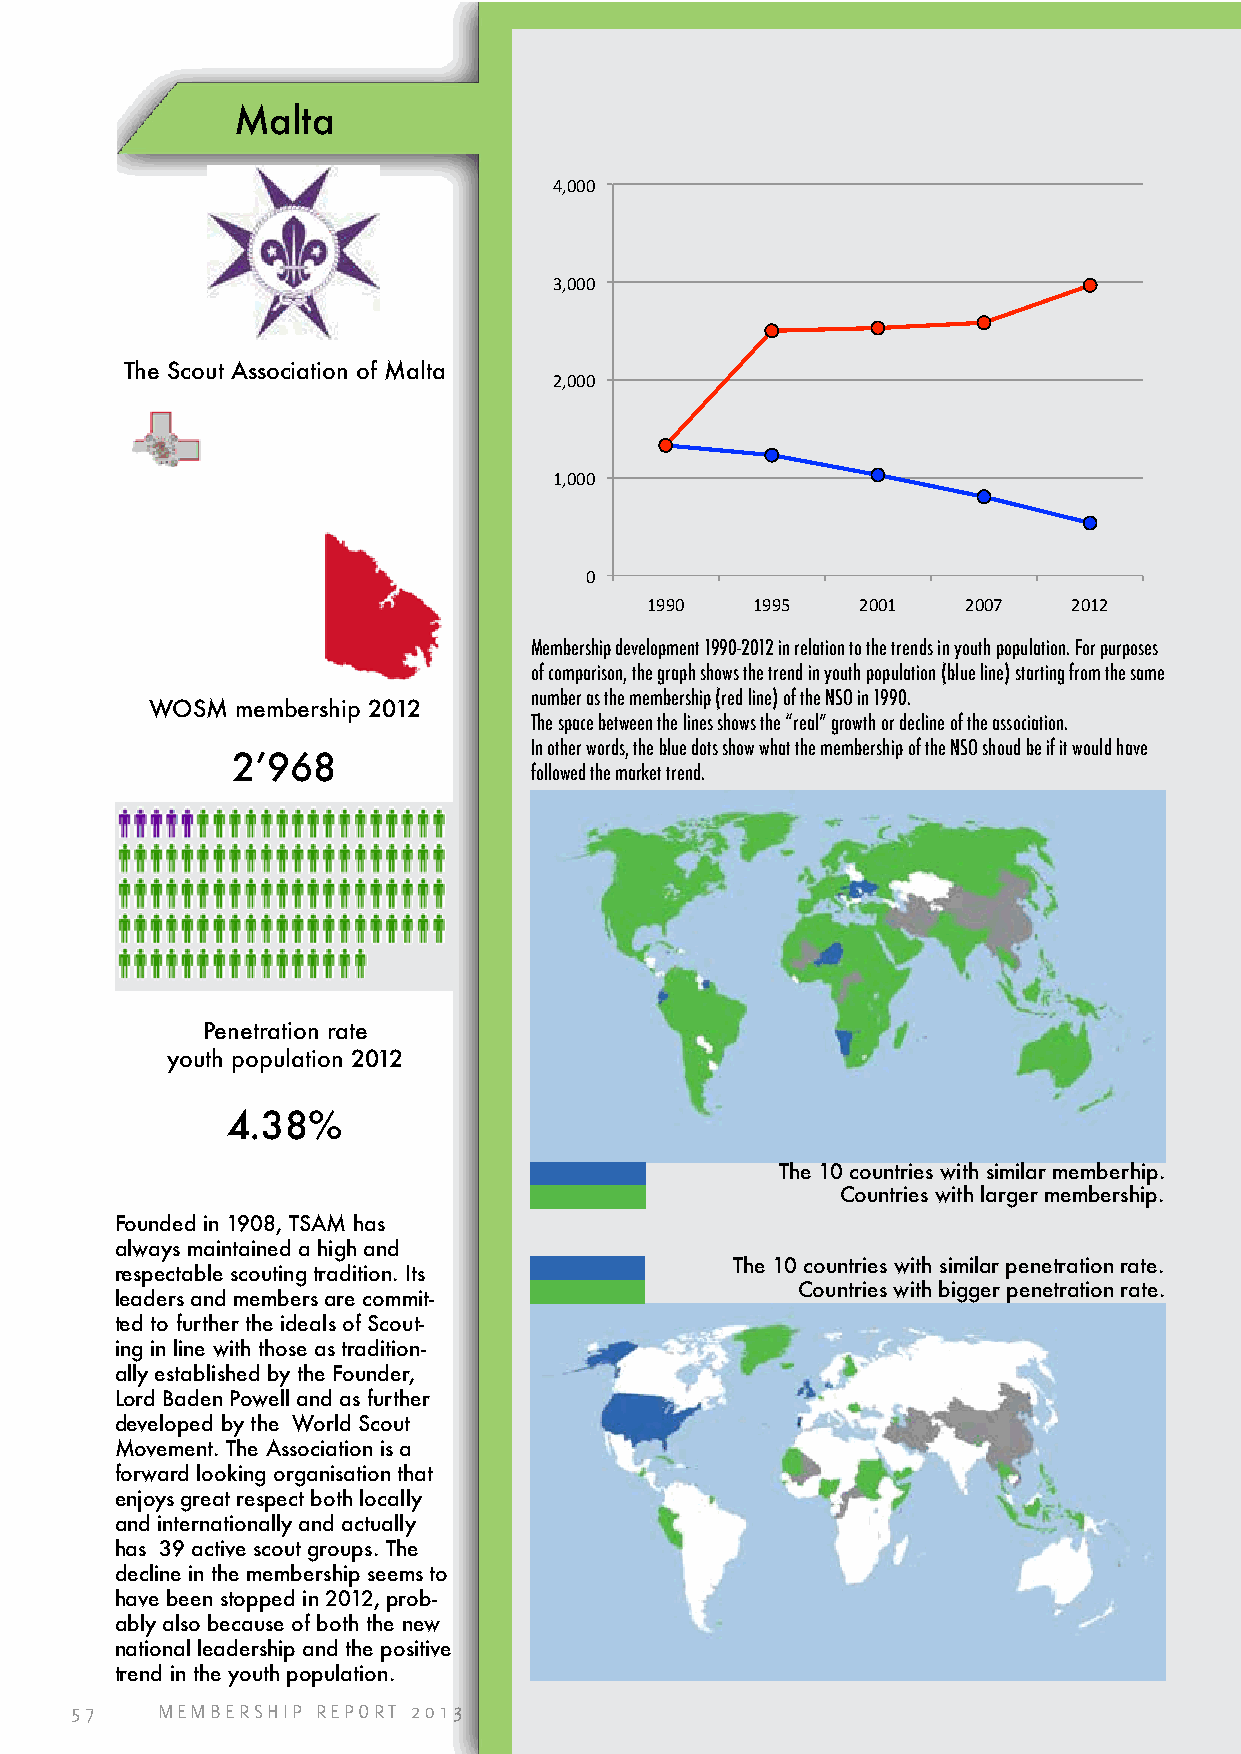
Malta
 4,000
 3,000
 The Scout Association of Malta
 2,000
 1,000
 0
 1990   1995   2001   2007   2012
 Membership development 1990-2012 in relation to the trends in youth population. For purposes
 of comparison, the graph shows the trend in youth population (blue line) starting from the same
 number as the membership (red line) of the NSO in 1990.
 WOSM  membership 2012
 The space between the lines shows the “real” growth or decline of the association.
 In other words, the blue dots show what the membership of the NSO shoud be if it would have
 2’968
 followed the market trend.
 Penetration rate
 youth population 2012
 4.38%
 The 10 countries with similar memberhip.
 Countries with larger membership.
 Founded in 1908, TSAM has
 always maintained a high and
 The 10 countries with similar penetration rate.
 respectable scouting tradition. Its
 Countries with bigger penetration rate.
 leaders and members are commit-
 ted to further the ideals of Scout-
 ing in line with those as tradition-
 ally established by the Founder,
 Lord Baden Powell and as further
 developed by the World Scout
 Movement. The Association is a
 forward looking organisation that
 enjoys great respect both locally
 and internationally and actually
 has 39 active scout groups. The
 decline in the membership seems to
 have been stopped in 2012, prob-
 ably also because of both the new
 national leadership and the positive
 trend in the youth population.
 57   MEMBERSHIP REPORT 2013